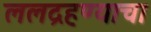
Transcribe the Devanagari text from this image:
ललद्रहण्याचा